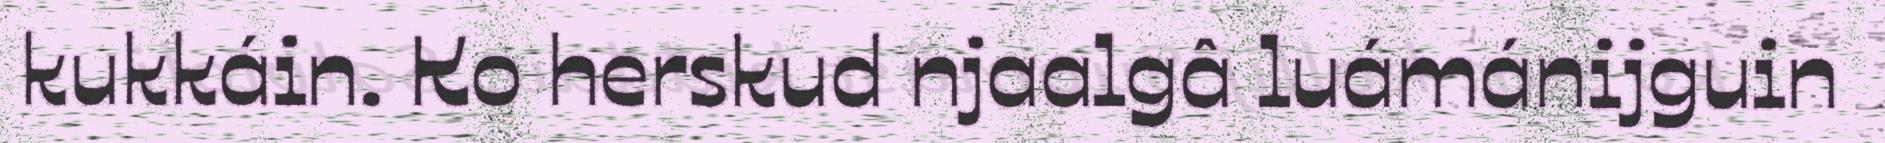
kukkáin. Ko herskud njaalgâ luámánijguin